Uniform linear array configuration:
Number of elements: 12
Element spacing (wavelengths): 0.75
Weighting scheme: cosine
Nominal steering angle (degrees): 0
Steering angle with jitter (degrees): -1.404
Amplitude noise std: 0.05
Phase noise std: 0.05

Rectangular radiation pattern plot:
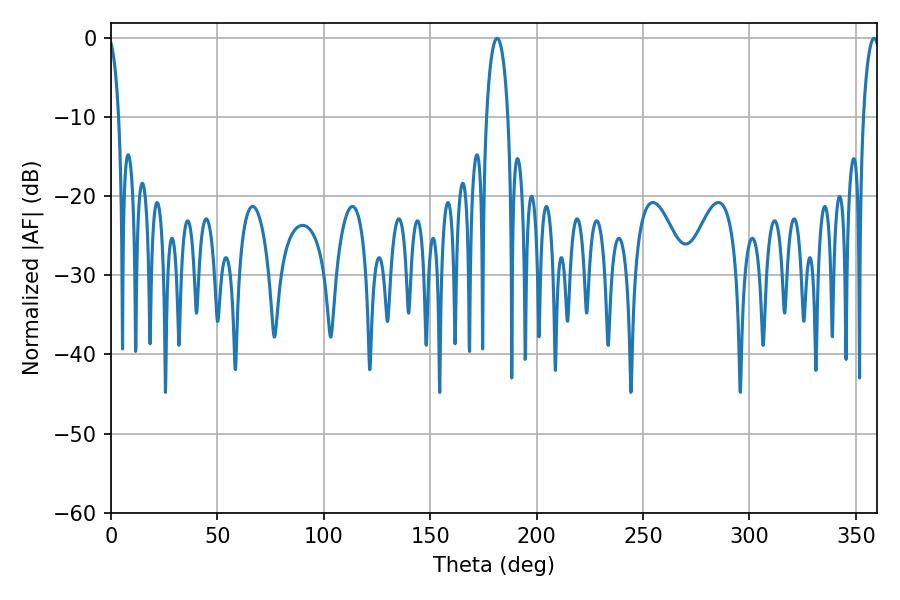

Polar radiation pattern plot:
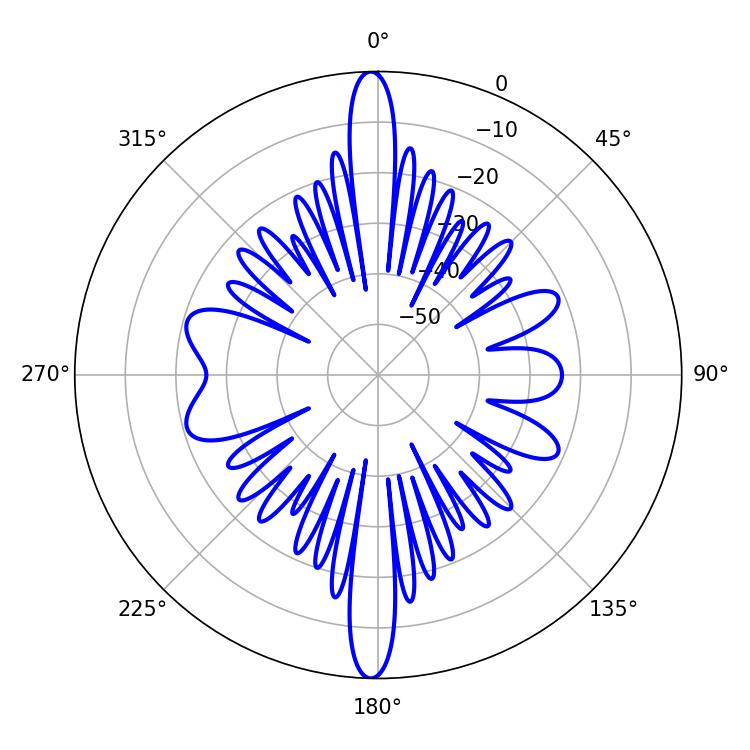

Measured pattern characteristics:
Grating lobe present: TRUE
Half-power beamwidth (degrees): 5.76
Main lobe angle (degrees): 181.44